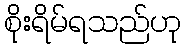
စိုးရိမ်ရသည်ဟု